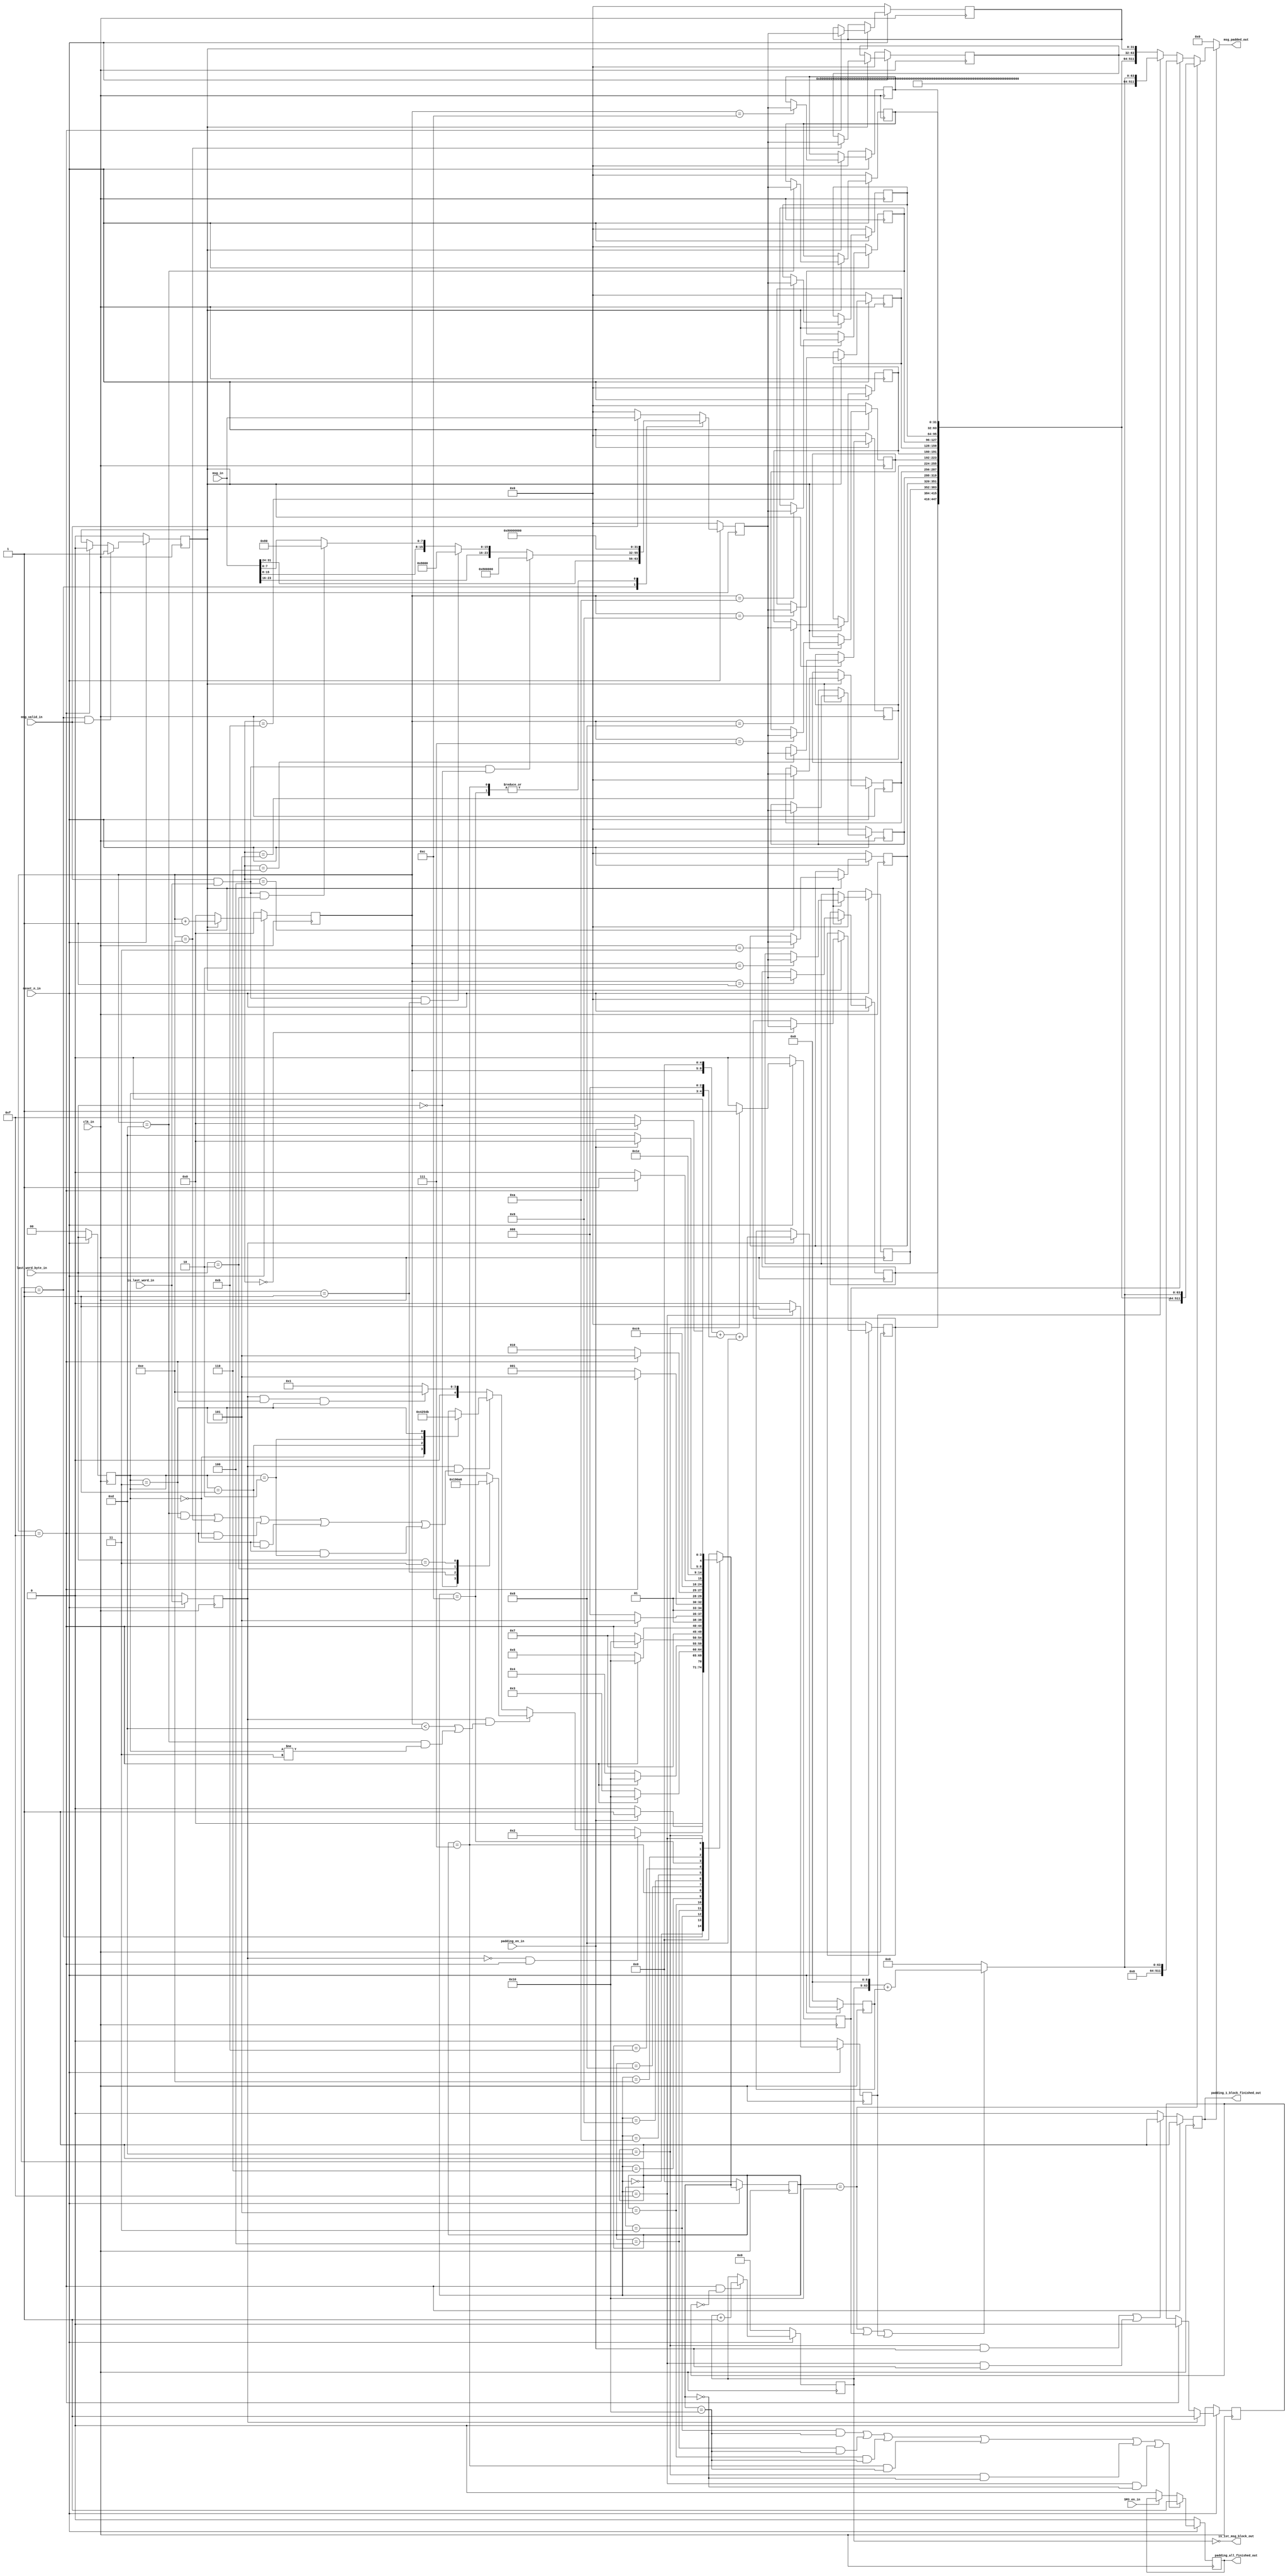
/*
 * Project: rtl
 * File Created: Sunday, 5th August 2018 9:03:57 am
 * -----
 * Modified By: Chen Rui (raymond.rui.chen@qq.com>)
 * -----
 * Copyright (c) 2018 - Chen Rui
 * All rights reserved.
 */
module msg_padding
#(
	parameter	WIDTH = 32
)
	(
		clk_in,
		reset_n_in,
		SM3_en_in,
		padding_en_in,
		msg_in,
		msg_valid_in,
		is_last_word_in,
		last_word_byte_in,
		is_1st_msg_block_out,
		msg_padded_out,
		padding_1_block_finished_out,
		padding_all_finished_out
	);
	
`define		IDLE					5'd0
`define		DIRECT_PASS				5'd1
`define		CASE1					5'd2
`define		CASE2_2B00				5'd3
`define		CASE2_2B01				5'd4
`define		CASE2_2B10				5'd5
`define		CASE2_2B11				5'd6
`define		CASE2_2B11_S			5'd7
`define		CASE3_2B00				5'd8
`define		CASE3_2B01				5'd9
`define		CASE3_2B10				5'd10
`define		CASE3_2B11				5'd11
`define		CASE3_2B11_S			5'd12
`define		SPECIAL_ALL_ZERO		5'd13
`define		CASE4_2B11_S			5'd14
`define		SPECIAL_80_ZERO			5'd15
`define		FINISH_GENERAL			5'd16
`define		FINISH_SPECIAL_ALL_ZERO	5'd17	
`define		FINISH_80_ZERO			5'd18

input					clk_in,
						reset_n_in,
						SM3_en_in,
						padding_en_in;		
input	[WIDTH - 1 : 0]	msg_in;				
input					msg_valid_in;		
input					is_last_word_in;	
input	[1:0]			last_word_byte_in;	//2'b00, |X|0|0|0|; 
											//2'b01, |X|X|0|0|;
											//2'b10, |X|X|X|0|;
											//2'b11, |X|X|X|X|
output	[511:0]			msg_padded_out;		
output					padding_1_block_finished_out;
output					padding_all_finished_out;
output					is_1st_msg_block_out;

reg		[4:0]			current_state,
						next_state;				
reg		[511:0]			msg_padded_out;
reg		[31:0]			tmp_0,
						tmp_1,
						tmp_2,
						tmp_3,
						tmp_4,
						tmp_5,
						tmp_6,
						tmp_7,
						tmp_8,
						tmp_9,
						tmp_a,
						tmp_b,
						tmp_c,
						tmp_d,
						tmp_e,
						tmp_f;
reg		[3:0]			count;
reg						count_enable;
reg		[8:0]			bit_count;
reg		[54:0]			block_count;
reg		[31:0]			next_input_data;
reg						padding_1_block_finished_out;
reg						padding_all_finished_out;
wire	[511:0]			data_concatenation;
reg		[63:0]			msg_length;
reg						special_zero;		
reg						special_80;		

assign	is_1st_msg_block_out = block_count == 'd0; 
	
assign	data_concatenation	=	{
									tmp_0,
									tmp_1,
									tmp_2,
									tmp_3,
									tmp_4,
									tmp_5,
									tmp_6,
									tmp_7,
									tmp_8,
									tmp_9,
									tmp_a,
									tmp_b,
									tmp_c,
									tmp_d,
									tmp_e,
									tmp_f
								};
								
always@(*)
	if(current_state == `FINISH_GENERAL ||
		special_zero ||
		special_80)
		msg_length = {block_count,9'd0} +  {55'b0,bit_count};
	else
		msg_length = 'd0;

reg						reg_msg_valid;
wire					valid_data_start;
reg						reg_is_last_word;
reg		[1:0]			reg_last_word_byte;
						
always@(posedge clk_in)
	if(!reset_n_in)
		reg_msg_valid	<=	'd0;
	else 
		reg_msg_valid	<=	msg_valid_in;
		
		
always@(posedge clk_in)
	if(!reset_n_in)
		reg_is_last_word	<=	'd0;
	else 
		reg_is_last_word	<=	is_last_word_in;
		

always@(posedge clk_in)
	if(!reset_n_in)
		reg_last_word_byte	<=	'd0;
	else 
		reg_last_word_byte	<=	last_word_byte_in;
		
		
assign	valid_data_start = reg_msg_valid == 1'b0 && msg_valid_in == 1'b1;
	
always@(posedge clk_in)
if(!reset_n_in)
	begin
		tmp_0	<=	32'd0;
		tmp_1	<=	32'd0;
		tmp_2	<=	32'd0;
		tmp_3	<=	32'd0;
		tmp_4	<=	32'd0;
		tmp_5	<=	32'd0;
		tmp_6	<=	32'd0;
		tmp_7	<=	32'd0;
		tmp_8	<=	32'd0;
		tmp_9	<=	32'd0;
		tmp_a	<=	32'd0;
		tmp_b	<=	32'd0;
		tmp_c	<=	32'd0;
		tmp_d	<=	32'd0;
        tmp_e	<=	32'd0;
        tmp_f	<=	32'd0;
    end
else if(count_enable)
	begin  
		case(count)
			4'h0:	tmp_0	<=	next_input_data;
			4'h1:	tmp_1	<=	next_input_data;
			4'h2:	tmp_2	<=	next_input_data;
			4'h3:	tmp_3	<=	next_input_data;
			4'h4:	tmp_4	<=	next_input_data;
			4'h5:	tmp_5	<=	next_input_data;
			4'h6:	tmp_6	<=	next_input_data;
			4'h7:	tmp_7	<=	next_input_data;
			4'h8:	tmp_8	<=	next_input_data;
			4'h9:	tmp_9	<=	next_input_data;
			4'ha:	tmp_a	<=	next_input_data;
			4'hb:	tmp_b	<=	next_input_data;
			4'hc:	tmp_c	<=	next_input_data;
			4'hd:	tmp_d	<=	next_input_data;
			4'he:	tmp_e	<=	next_input_data;
			4'hf:	tmp_f	<=	next_input_data;
		endcase
	end
else
	begin
		tmp_0	<=	tmp_0;
	    tmp_1	<=  tmp_1;
	    tmp_2	<=  tmp_2;
	    tmp_3	<=  tmp_3;
	    tmp_4	<=  tmp_4;
	    tmp_5	<=  tmp_5;
	    tmp_6	<=  tmp_6;
	    tmp_7	<=  tmp_7;
	    tmp_8	<=  tmp_8;
	    tmp_9	<=  tmp_9;
	    tmp_a	<=  tmp_a;
	    tmp_b	<=  tmp_b;
	    tmp_c	<=  tmp_c;
	    tmp_d	<=  tmp_d;
	    tmp_e	<=  tmp_e;
	    tmp_f	<=  tmp_f;
	end

always@(*)
if(padding_1_block_finished_out)
	begin
		if(current_state == `FINISH_GENERAL)
			msg_padded_out	=	{data_concatenation[511:64], msg_length};
		else if(special_zero)
			msg_padded_out	=	{448'd0, msg_length};		
		else if(special_80)
			msg_padded_out	=	{32'h8000_0000, 416'd0, msg_length};
		else
			msg_padded_out	=	data_concatenation;
	end
else
		msg_padded_out	=	'd0;
		
always@(posedge clk_in)
	if(!reset_n_in)
		count	<=	'd0;
	else if(count_enable)
		count	<=	count + 1'b1;			
	else
		count	<=	'd0;
		
reg		is_last_block;		
always@(posedge clk_in)
	if(!reset_n_in)
		is_last_block 	<=	1'b0;
	else if(reg_is_last_word)	
		is_last_block	<=	1'b1;
	else if(count == 'd15)
		is_last_block	<=	1'b0;
	else
		is_last_block	<=	is_last_block;
		
always@(posedge clk_in)
	if(!reset_n_in)
		block_count	<=	'd0;
	else if(count == 'd15 && !is_last_block)
		block_count	<=	block_count + 1'b1;
	else
		block_count	<=	block_count;
	
always@(posedge clk_in)
	if(!reset_n_in)
		bit_count	<=	'd0;
	else if(reg_is_last_word)
		bit_count	<=	{count, 5'd0} +  {4'd0,reg_last_word_byte,3'd0}+9'b0_0000_1000;
	else
		bit_count	<=	bit_count;
							

always@(posedge clk_in)					
	if(!reset_n_in)
		current_state	<=	`IDLE;
	else
		current_state	<=	next_state;
		
always@(*)
	begin	
		next_state	=	`IDLE;
		case(current_state)
			`IDLE:
					if(padding_en_in)
						next_state	=	`DIRECT_PASS;
					else
						next_state	=	`IDLE;
			`DIRECT_PASS:
					if(!reg_is_last_word && count == 'd15)	
						next_state	=	`CASE1;
					else if(reg_is_last_word && (count <'d13 || (count == 'd13 && reg_last_word_byte != 2'b11)))
						begin
							case(last_word_byte_in)
								2'b00:	next_state = `CASE2_2B00;
								2'b01:	next_state = `CASE2_2B01;
								2'b10:	next_state = `CASE2_2B10;
								2'b11:	next_state = `CASE2_2B11;
							endcase
						end
					else if(reg_is_last_word && ((count == 'd13 && reg_last_word_byte == 2'b11) ||
												 count == 'd14 ||
												 (count == 'd15 && reg_last_word_byte == 2'b00) ||
												 (count == 'd15 && reg_last_word_byte == 2'b01) ||
												 (count == 'd15 && reg_last_word_byte == 2'b10))
							)
						begin
							case(reg_last_word_byte)
								2'b00:	next_state = `CASE3_2B00;
								2'b01:	next_state = `CASE3_2B01;
								2'b10:	next_state = `CASE3_2B10;
								2'b11:	next_state = `CASE3_2B11;
							endcase
						end								
					else if(reg_is_last_word && count == 'd15 && reg_last_word_byte == 2'b11)
						next_state	=	`CASE4_2B11_S;
					else
						next_state = `DIRECT_PASS;
			`CASE1:
				next_state = `IDLE;
			
			`CASE2_2B00:
				if(count == 4'd15)
					next_state = `FINISH_GENERAL;
				else
					next_state = `CASE2_2B00;
					
			`CASE2_2B01:
				if(count == 4'd15)
					next_state = `FINISH_GENERAL;
				else
					next_state = `CASE2_2B01;
			`CASE2_2B10:
				if(count == 4'd15)
					next_state = `FINISH_GENERAL;
				else
					next_state = `CASE2_2B10;					
			`CASE2_2B11:
				next_state	=	`CASE2_2B11_S;
			
			`CASE2_2B11_S:
				if(count == 'd15)
					next_state = `FINISH_GENERAL;
				else
					next_state = `CASE2_2B11_S;					
			
			`CASE3_2B00:
				if(count == 'd15)
					next_state = `SPECIAL_ALL_ZERO;
				else
					next_state = `CASE3_2B00;					
			`CASE3_2B01:
				if(count == 'd15)
					next_state = `SPECIAL_ALL_ZERO;
				else
					next_state = `CASE3_2B01;
			`CASE3_2B10:
				if(count == 'd15)
					next_state = `SPECIAL_ALL_ZERO;
				else
					next_state = `CASE3_2B10;
					
			`CASE3_2B11:
					next_state = `CASE3_2B11_S;
					
			`CASE3_2B11_S:
				if(count == 'd15)
					next_state = `SPECIAL_ALL_ZERO;
				else
					next_state = `CASE3_2B11_S;	
					
			`CASE4_2B11_S:
					next_state = `SPECIAL_80_ZERO;
			
			`FINISH_GENERAL:
					next_state = `IDLE;
			
					
			`SPECIAL_ALL_ZERO:
					if(padding_en_in)
						next_state	=	`IDLE;
					else
						next_state	=	`SPECIAL_ALL_ZERO;
						
			`SPECIAL_80_ZERO:
					if(padding_en_in)
						next_state	=	`IDLE;
					else
						next_state	=	`SPECIAL_80_ZERO;
			default:
					next_state	=	`IDLE;
		endcase
	end

always@(posedge clk_in)	
	if(count == 'd15)
		padding_1_block_finished_out	<=	1'b1;
	else if(
				(current_state == `SPECIAL_ALL_ZERO && padding_en_in) ||
				(current_state == `SPECIAL_80_ZERO && padding_en_in) 
			)
		padding_1_block_finished_out	<=	1'b1;
	else
		padding_1_block_finished_out	<=	1'b0;	

	
	
always@(posedge clk_in)
	if(!reset_n_in)
		begin
			count_enable					<=	1'b0;
			next_input_data					<=	'd0;
			padding_all_finished_out		<=	1'b0;
			special_zero					<=	1'b0;
			special_80						<=	1'b0;
		end
	else
		begin			
			if(current_state == `SPECIAL_ALL_ZERO)	
				special_zero	<=	1'b1;
			else
				special_zero	<=	1'b0;
				
			if(current_state == `SPECIAL_80_ZERO)	
				special_80	<=	1'b1;
			else
				special_80	<=	1'b0;			
				
			if(current_state == `DIRECT_PASS  && msg_valid_in == 1'b1)
				count_enable	<=	1'b1;
			else if(count == 'd15
					)
				count_enable	<=	1'b0;
			else
				count_enable	<=	count_enable;

				
			case(current_state)
				`DIRECT_PASS:
								if(msg_valid_in && is_last_word_in && last_word_byte_in ==  2'b00)
									next_input_data	<=	{msg_in[31:24],8'h80, 16'h0};
								else if(msg_valid_in && is_last_word_in && last_word_byte_in ==  2'b01)
									next_input_data	<=	{msg_in[31:16],8'h80, 8'h0};
								else if(msg_valid_in && is_last_word_in && last_word_byte_in ==  2'b10)
									next_input_data	<=	{msg_in[31:8],8'h80};
								else
									next_input_data	<=	msg_in;
				`CASE2_2B11_S:	next_input_data	<=	32'h8000_0000;
				`CASE3_2B11_S:  next_input_data	<=	32'h8000_0000;
				default:		next_input_data	<=	msg_valid_in == 1'b1 ? msg_in : 'd0;
			endcase	
						
			if(
				(current_state == `CASE2_2B00 && next_state == `FINISH_GENERAL) ||
				(current_state == `CASE2_2B01 && next_state == `FINISH_GENERAL) ||
				(current_state == `CASE2_2B10 && next_state == `FINISH_GENERAL) ||
				(current_state == `CASE2_2B11_S && next_state == `FINISH_GENERAL) ||
				(current_state == `SPECIAL_ALL_ZERO && next_state == `IDLE) ||
				(current_state == `SPECIAL_80_ZERO && next_state == `IDLE)
			)
				padding_all_finished_out	<=	1'b1;
			else if(SM3_en_in == 1'b0)
				padding_all_finished_out	<=	1'b0;
			else
				padding_all_finished_out	<=	padding_all_finished_out;			
						
		end
		

		
endmodule